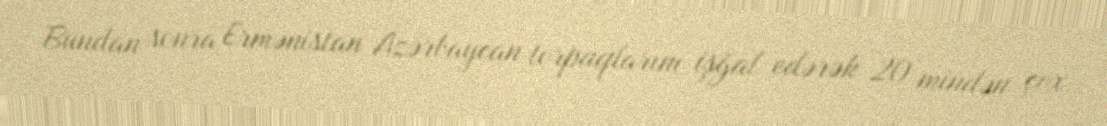
Bundan sonra Ermənistan Azərbaycan torpaqlarını işğal edərək 20 mindən çox